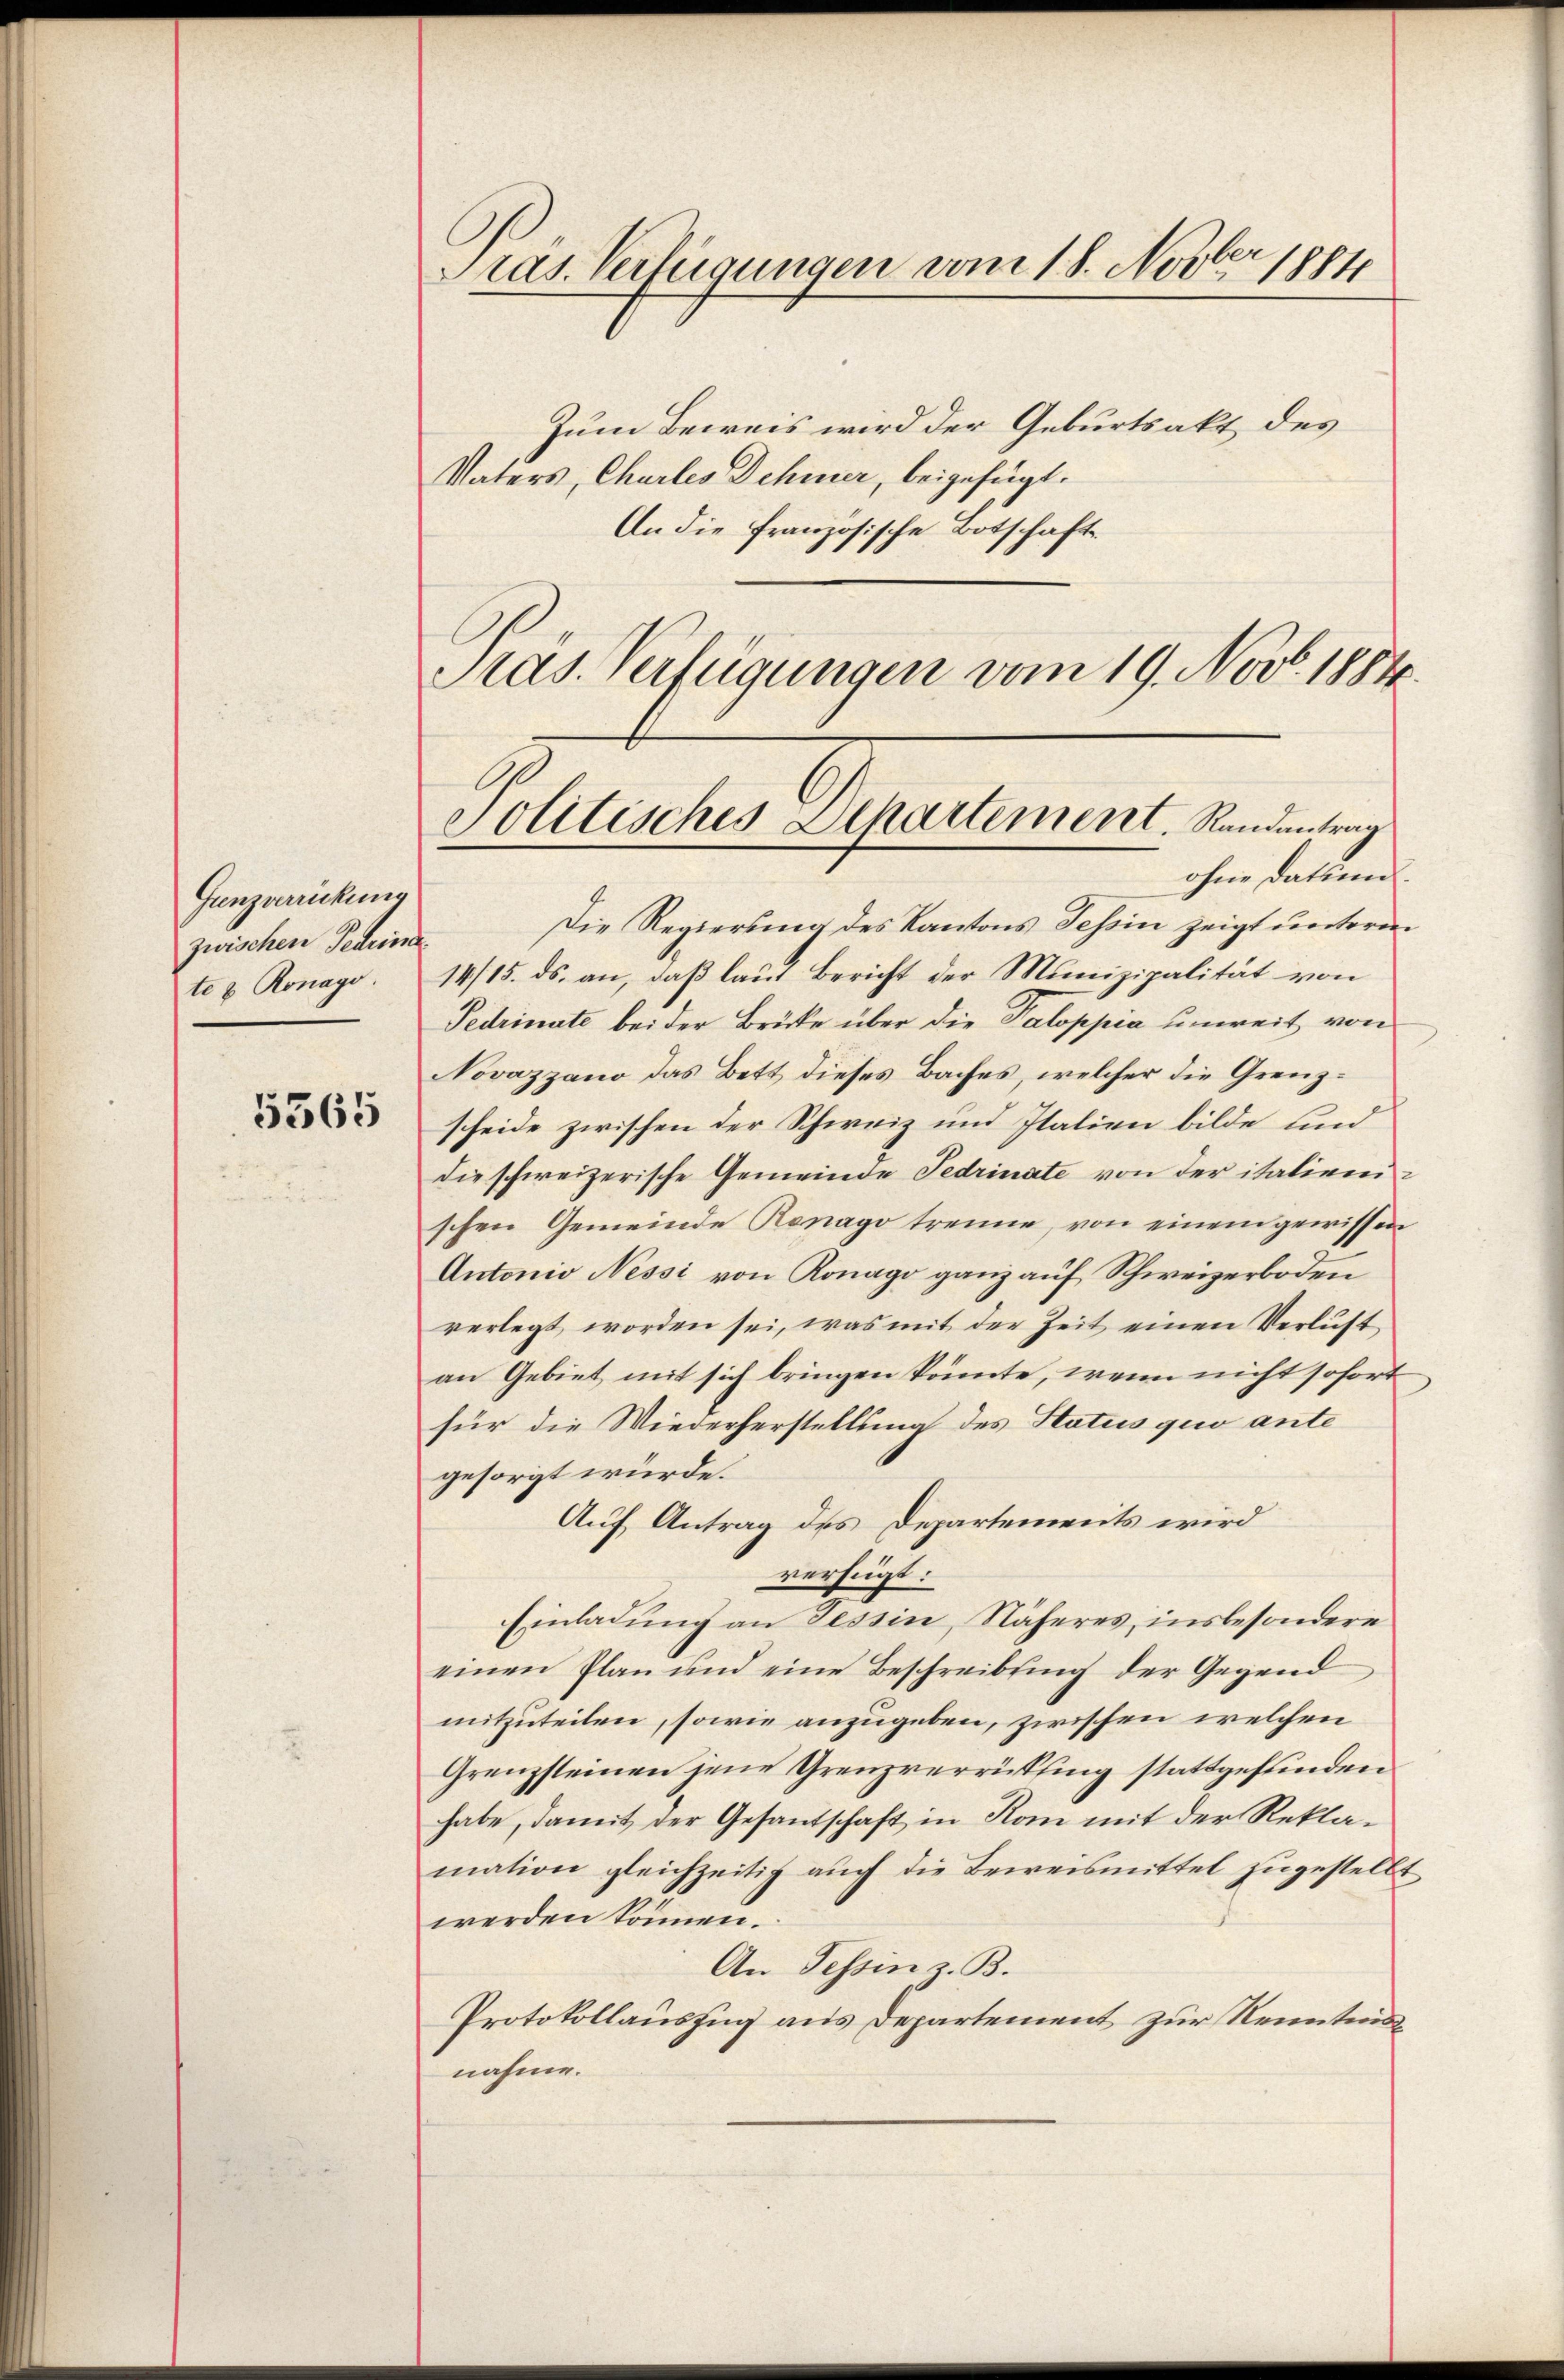
Gunzverrückung
zwischen Petrina
te & Ronago.

5365

Zum Beweis wird der Geburtsakt des
Vaters, Chartes Dehmer, beigefügt.
An die Französische Botschaft
Pras. Verfügungen vom 19. Nov. 1884.

Pras. Verfügungen vom 18. Novber 1884

Die Regierung des Kantons Tessin zeigt unterm
14/15. ds. an, daß laut Bericht der Munizipalität von
Fedrinate bei der Brücke über die Paloppia unweit von
Novazzano das Bett dieses Baches, welcher die Grenzscheide zwischen der Schweiz und Italien bilde und
die schweizerische Gemeinde Fedrinate von der italienischen Gemeinde Renago trenne, von einem gewissen
Antonio Nessi von Ronago ganz auf Schweizerboden
verlegt worden sei, was mit der Zeit einen Verlust
an Gebiet mit sich bringen könnte, wenn nicht sofort
für die Wiederherstellung des Status quo ante
gesorgt würde.
Auf Antrag des Departements wird
verfügt:
Einladung an Tessin, Näheres, insbesondere
einen Plan und eine Beschreibung der Gegend
mitzuteilen, sowie anzugeben, zwischen welchen
Grenzsteinen jene Grenzverrückfing stattgefunden
habe, damit der Gesantschaft in Rom mit der Reklamation gleichzeitig auch die Beweismittel zugestellt
werden können.
An Tessin z. B.
Protokollauszug aus Departement zur Kenntnisnahme.

Politisches Dehartement. Randantrag
ohne datione.